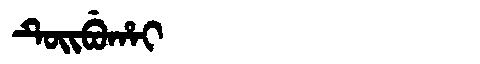
Manchu: ᡨᡠᡳᠪᡠᡥᠠᡳ
Romanization: TUIBUHAI